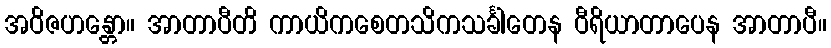
အဝိဇဟန္တော။ အာတာပီတိ ကာယိကစေတသိကသင်္ခါတေန ဝီရိယာတာပေန အာတာပီ။